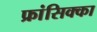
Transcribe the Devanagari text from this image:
फ्रांसिक्का